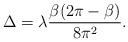
LaTeX: \begin{align*}\Delta = \lambda \frac{\beta(2\pi-\beta)}{8\pi^2}.\end{align*}